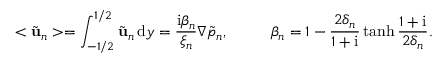
< \tilde { \mathbf { u } } _ { n } > = \int _ { - 1 / 2 } ^ { 1 / 2 } \tilde { \mathbf { u } } _ { n } \, \mathrm { d } y = \frac { \mathrm { i } \beta _ { n } } { \xi _ { n } } \nabla \tilde { p } _ { n } , \ \ \ \ \ \ \ \ \beta _ { n } = 1 - \frac { 2 \delta _ { n } } { 1 + \mathrm { i } } \operatorname { t a n h } { \frac { 1 + \mathrm { i } } { 2 \delta _ { n } } } .